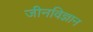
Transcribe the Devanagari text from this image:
जीनविज्ञान